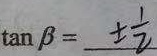
\tan \beta = \pm \frac { 1 } { 2 }